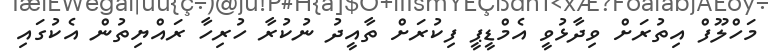
މަހްލޫފް އިތުރަށް ވިދާޅުވީ އެމްޑީޕީ ފިކުރަށް ތާއީދު ނުކުރާ ހުރިހާ ރައްޔިތުން އެކުގައި